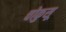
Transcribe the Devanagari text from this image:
चोकुसू